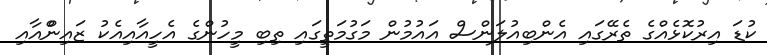
ކުޑަ އިރުކޮޅެއްގެ ތެރޭގައި އެންބިއުލަންސް އައުމުން މަގުމަތީގައި ތިބި މީހުންގެ އެހީއާއިއެކު ޒައިންްއާއި